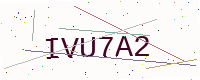
Text: IVU7A2